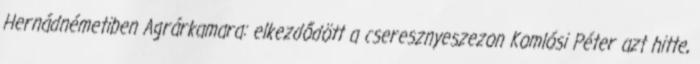
Hernádnémetiben Agrárkamara: elkezdődött a cseresznyeszezon Komlósi Péter azt hitte,